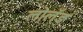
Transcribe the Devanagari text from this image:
लोलँड